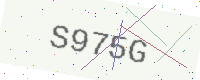
Text: S975G